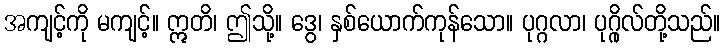
အကျင့်ကို မကျင့်။ ဣတိ၊ ဤသို့။ ဒွေ၊ နှစ်ယောက်ကုန်သော။ ပုဂ္ဂလာ၊ ပုဂ္ဂိုလ်တို့သည်။